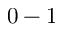
0 - 1